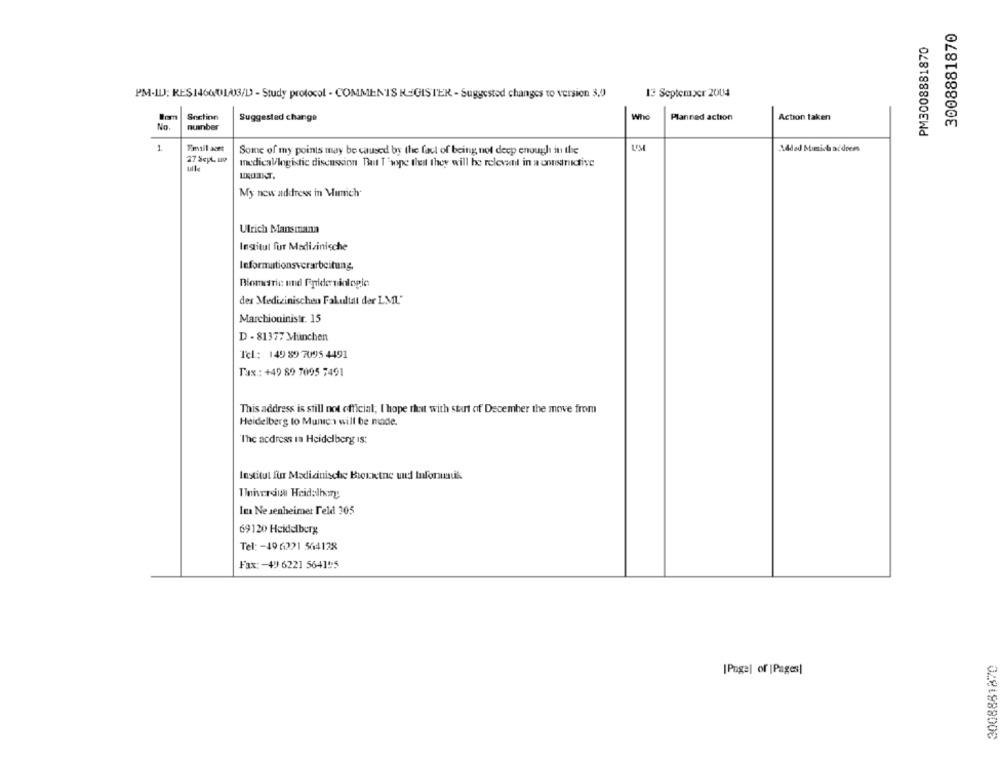
3008881870
PM3008881870
PM-ILJ; RES1460013/D - Study protocol - COMMENTS REGISTER - Suggested changes to version 3,0
13 September 2004
Snctinn
Who
Suggested change
Planned action
Action taken
No.
number
1
Some of my points may be caused by the faul of being not deep enough in the
UM
Added Mimich address
27 Sept, wo
medical/logistic discussion That T'wype that they will be releveand in a consinifive
My new address in Mimich
Ulrich Mansmann
Ingtitul fur Medizinische
Informationsverarbeitung.
Biometric und Frideninlogic
des Medizinischen Fakultat der LML."
Marchioninistr. 15
D - 81377 Munchen
Tel: 149 89 7095 4491
Tax .: +49 89 7095 7491
This address is still not official; I hope that with sturt of December the move from
Heidelberg to Munca will be made.
The address in Heidelberg is;
Institut fur Medizinische Borxtne und Informatik
Tiveram Heidalhogy
In Ne Jenheimer Feld 305
69120 Heidelberg
Tel: - 49 6221 564128
Fax: - 49 6221 564195
3008881870
[Page] of |Pages|